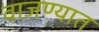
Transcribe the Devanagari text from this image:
वाजण्यात